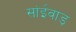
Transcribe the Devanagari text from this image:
सांईवाड़